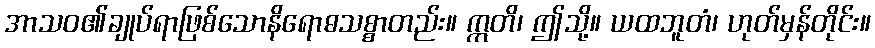
အာသဝ၏ချုပ်ရာဖြစ်သောနိရောဓသစ္စာတည်း။ ဣတိ၊ ဤသို့။ ယထဘူတံ၊ ဟုတ်မှန်တိုင်း။